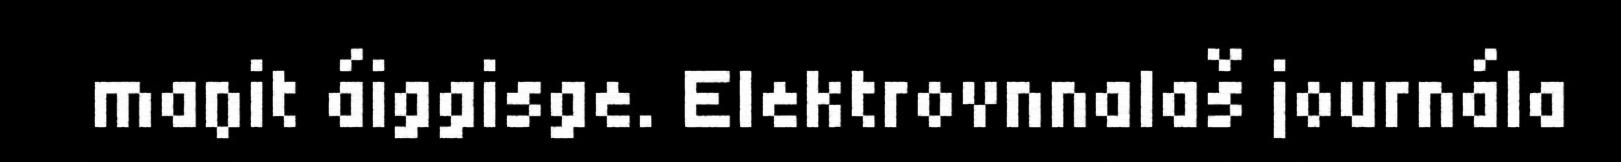
maŋit áiggisge. Elektrovnnalaš journála